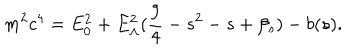
m ^ { 2 } c ^ { 4 } = E _ { 0 } ^ { 2 } + E _ { \Lambda } ^ { 2 } ( \frac { 9 } { 4 } - s ^ { 2 } - s + \beta _ { s } ) - b ( s ) .